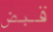
قبض